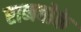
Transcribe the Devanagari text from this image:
रानबोके